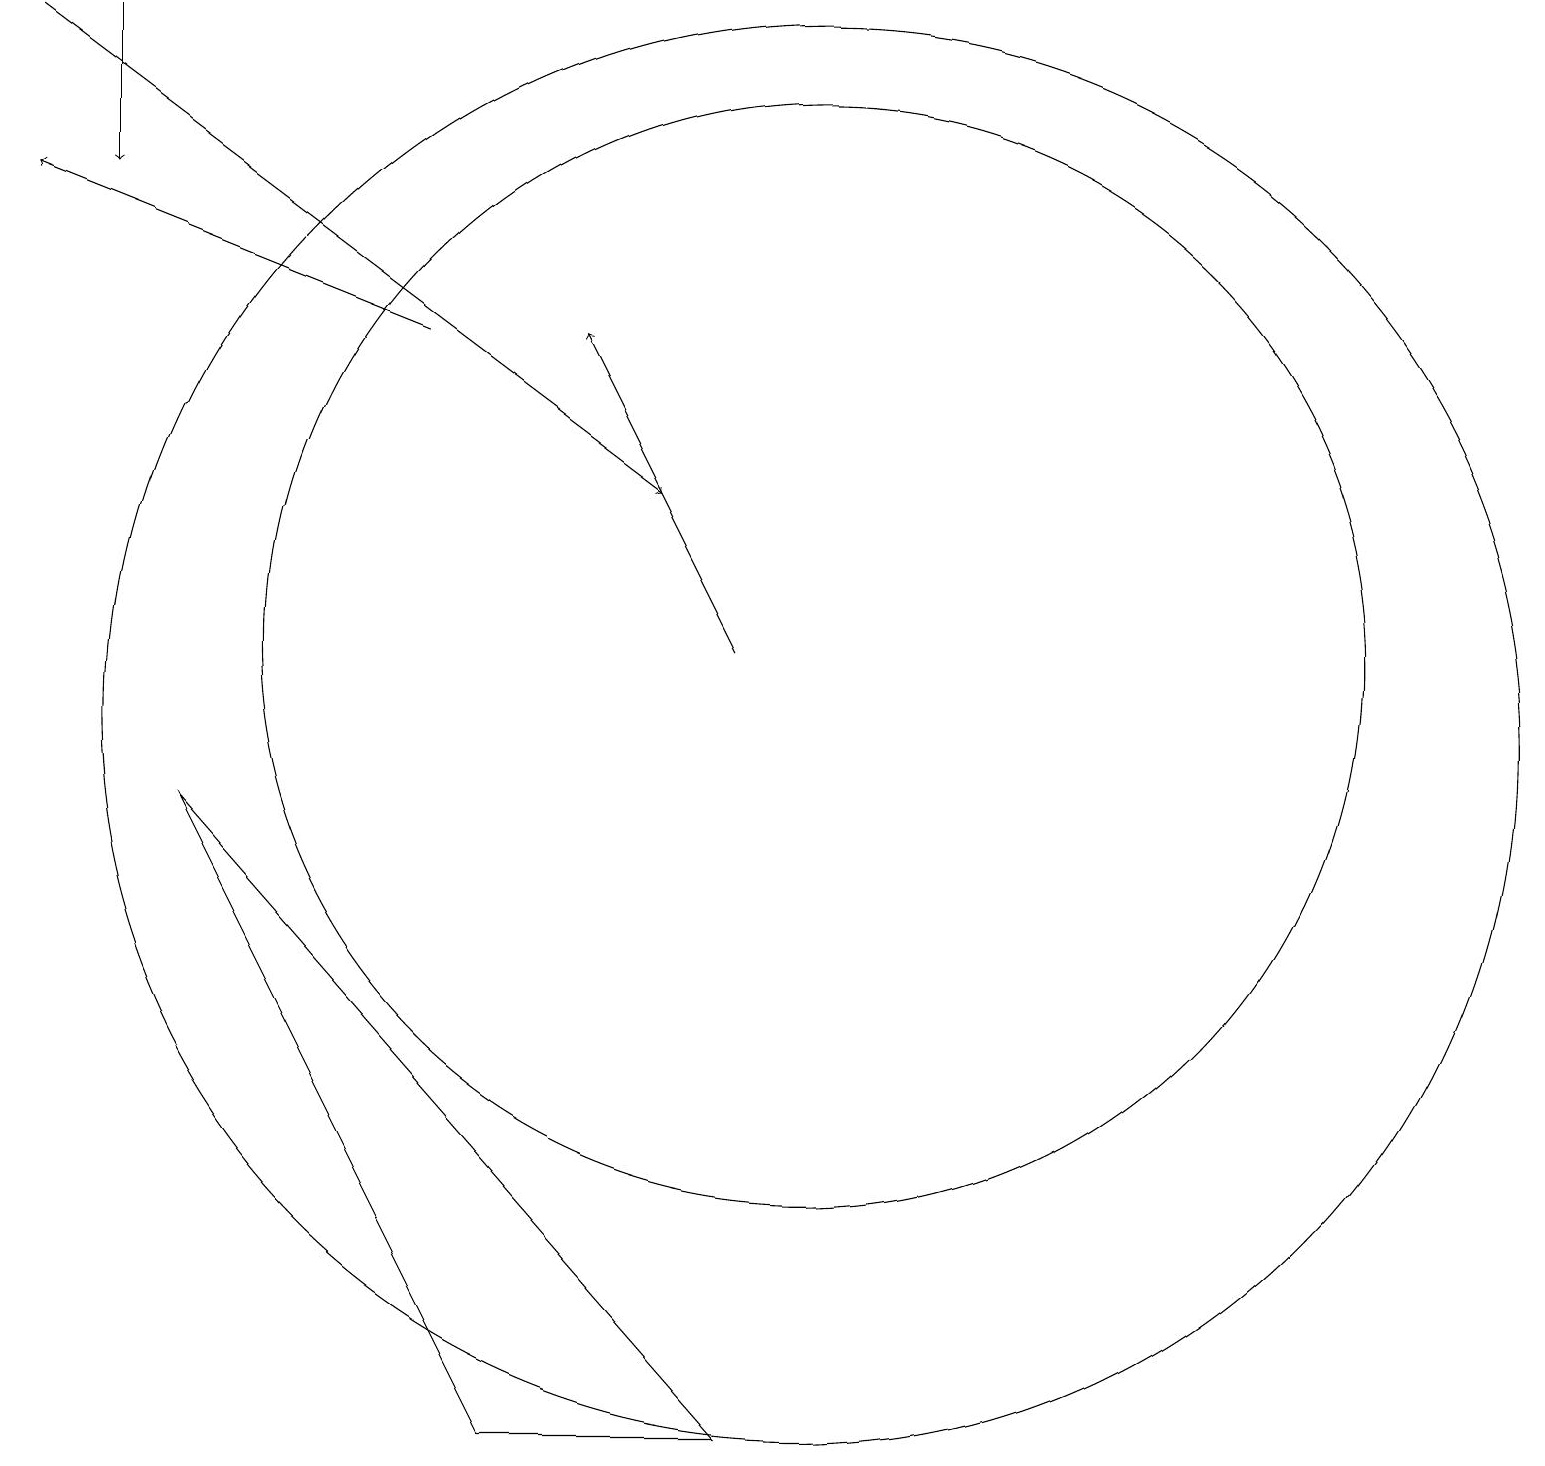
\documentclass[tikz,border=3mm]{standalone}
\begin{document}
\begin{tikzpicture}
\draw (10,10) circle (9);
\draw (2,9) -- (9,1) -- (6,1) -- cycle;
\draw[->] (9,11) -- (7,15);
\draw (10,11) circle (7);
\draw[->] (1,19) -- (1,17);
\draw[->] (5,15) -- (0,17);
\draw[->] (0,19) -- (8,13);
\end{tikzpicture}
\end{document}